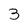
Character: 3